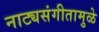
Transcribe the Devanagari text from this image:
नाट्यसंगीतामुळे